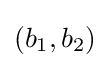
(b_{1},b_{2})